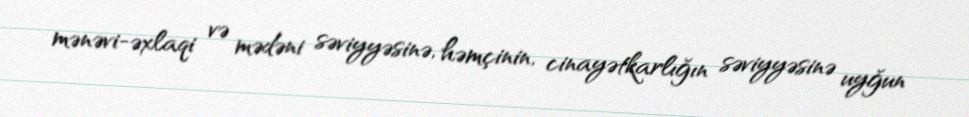
mənəvi-əxlaqi və mədəni səviyyəsinə, həmçinin, cinayətkarlığın səviyyəsinə uyğun